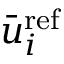
{ \bar { u } _ { i } ^ { \mathrm { { r e f } } } }